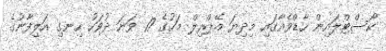
ކޯސްޓްލައިން ހާޑްވެއާގައި މިދިޔަ އޭޕްރިލް މަހުގެ 17 ވަނަ ދުވަހު ހިނގި އަލިފާނުގެ